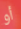
أو